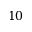
1 0